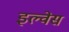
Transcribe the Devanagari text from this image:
इल्वेस